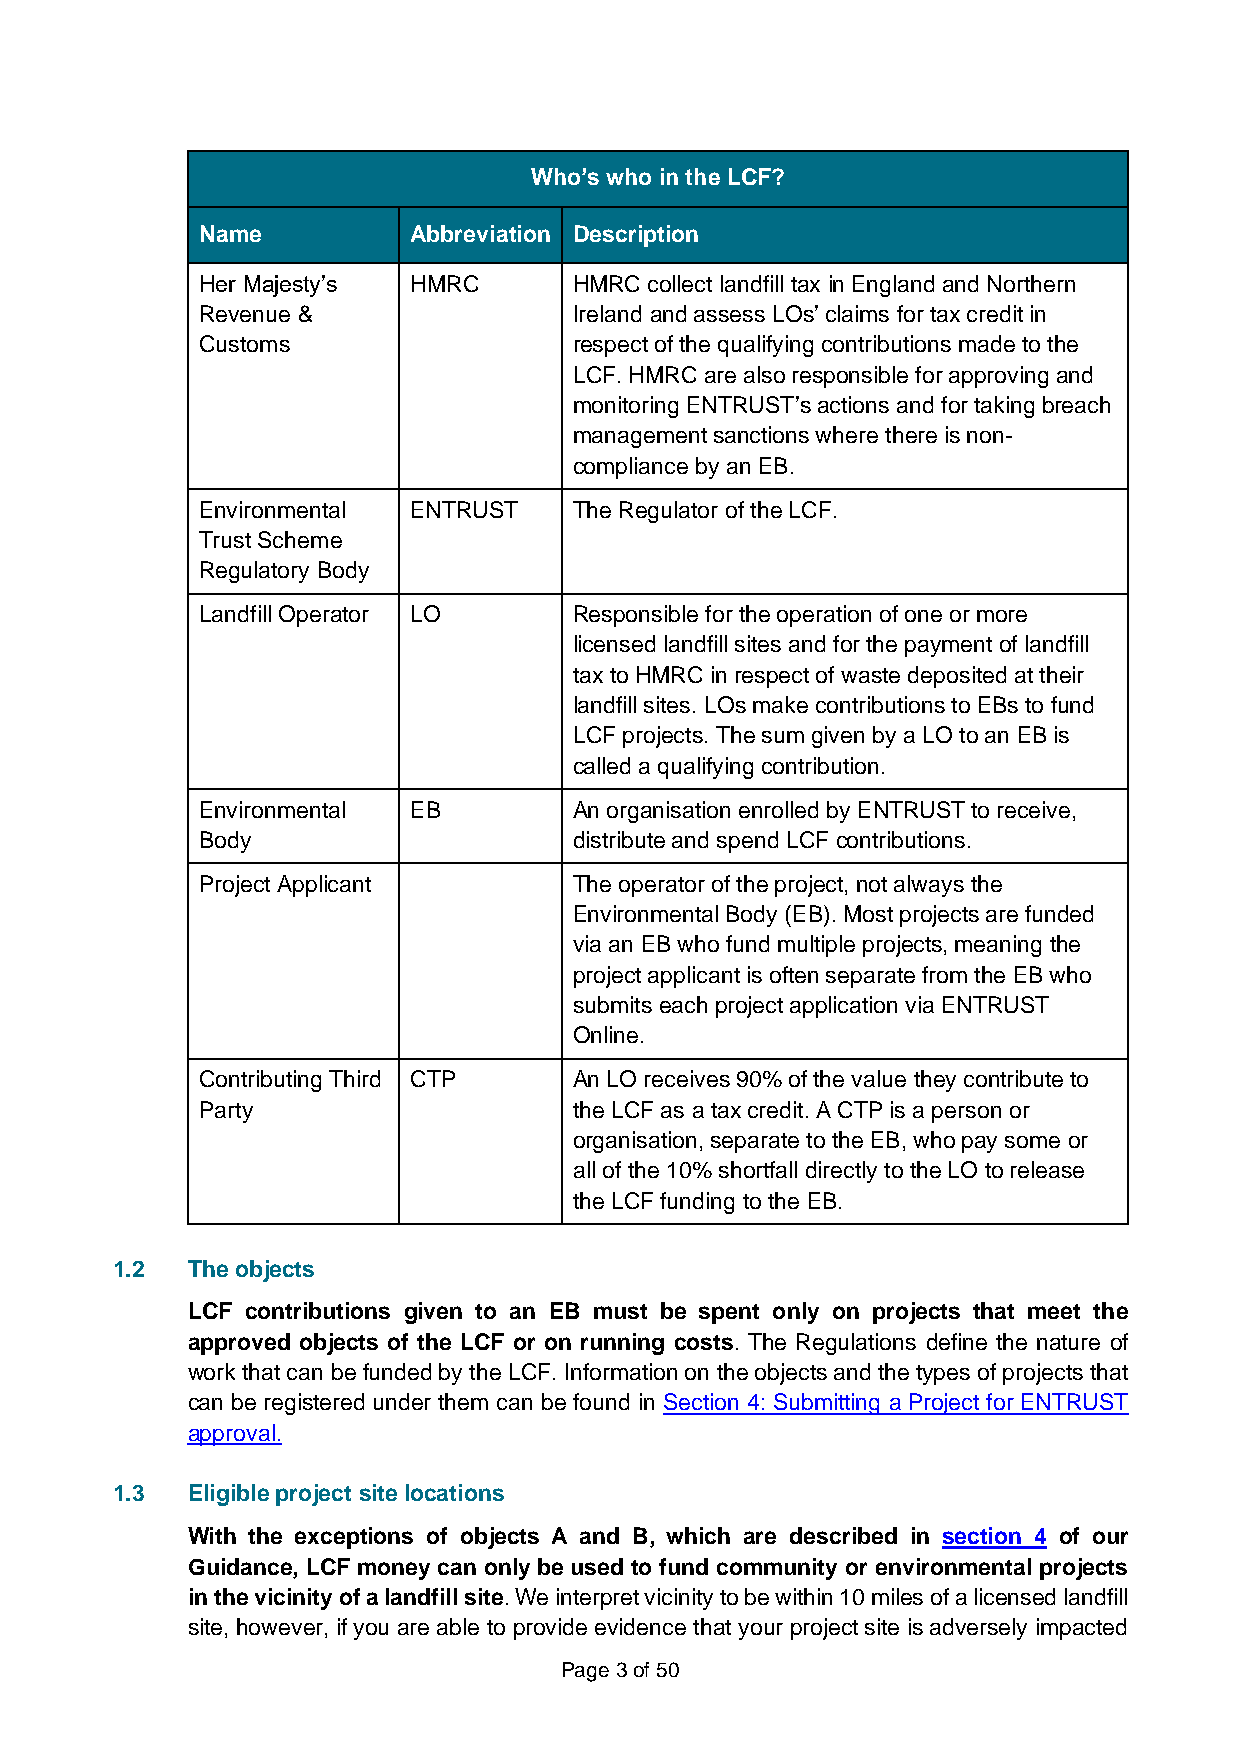
Who’s who in the LCF?
 Name          Abbreviation Description
 Her Majesty’s HMRC       HMRC collect landfill tax in England and Northern
 Revenue &                Ireland and assess LOs’ claims for tax credit in
 Customs                  respect of the qualifying contributions made to the
 LCF. HMRC are also responsible for approving and
 monitoring ENTRUST’s actions and for taking breach
 management sanctions where there is non-
 compliance by an EB.
 Environmental ENTRUST    The Regulator of the LCF.
 Trust Scheme
 Regulatory Body
 Landfill Operator LO     Responsible for the operation of one or more
 licensed landfill sites and for the payment of landfill
 tax to HMRC in respect of waste deposited at their
 landfill sites. LOs make contributions to EBs to fund
 LCF projects. The sum given by a LO to an EB is
 called a qualifying contribution.
 Environmental EB         An organisation enrolled by ENTRUST to receive,
 Body                     distribute and spend LCF contributions.
 Project Applicant        The operator of the project, not always the
 Environmental Body (EB). Most projects are funded
 via an EB who fund multiple projects, meaning the
 project applicant is often separate from the EB who
 submits each project application via ENTRUST
 Online.
 Contributing Third CTP   An LO receives 90% of the value they contribute to
 Party                    the LCF as a tax credit. A CTP is a person or
 organisation, separate to the EB, who pay some or
 all of the 10% shortfall directly to the LO to release
 the LCF funding to the EB.
 1.2  The objects
 LCF contributions given to an EB must be spent only on projects that meet the
 approved objects of the LCF or on running costs. The Regulations define the nature of
 work that can be funded by the LCF. Information on the objects and the types of projects that
 can be registered under them can be found in Section 4: Submitting a Project for ENTRUST
 approval.
 1.3  Eligible project site locations
 With the exceptions of objects A and B, which are described in section 4 of our
 Guidance, LCF money can only be used to fund community or environmental projects
 in the vicinity of a landfill site. We interpret vicinity to be within 10 miles of a licensed landfill
 site, however, if you are able to provide evidence that your project site is adversely impacted
 Page 3 of 50